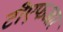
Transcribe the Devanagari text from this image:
टीएफआर